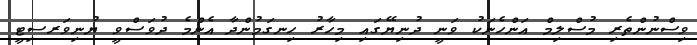
ވިސްނުންތެރި މުސްލިމް އަންހެނަކު ވަނީ ދުނިޔޭގައި މިހާރު ހިނގަމުންދާ އެންމެ ދުވަސްވީ ޔުނިވަރސިޓީ